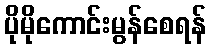
ပိုမိုကောင်းမွန်စေရန်